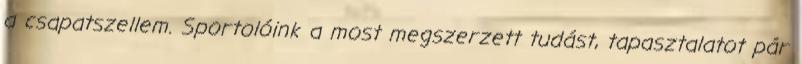
a csapatszellem. Sportolóink a most megszerzett tudást, tapasztalatot pár